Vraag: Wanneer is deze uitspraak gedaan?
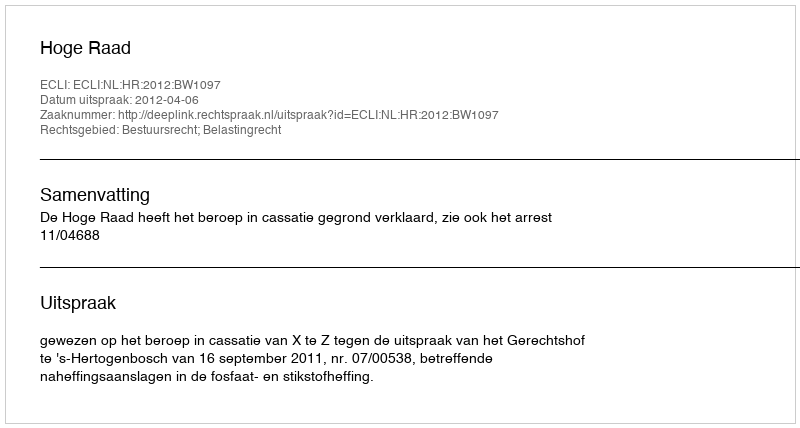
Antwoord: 2012-04-06